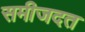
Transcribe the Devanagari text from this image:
समीजदत